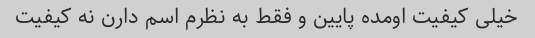
خیلى کیفیت اومده پایین و فقط به نظرم اسم دارن نه کیفیت